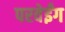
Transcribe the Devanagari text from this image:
परवेईंग